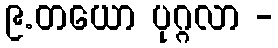
၉.တယော ပုဂ္ဂလာ -